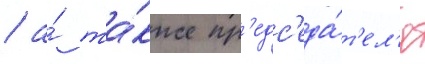
/ а́ та́кже пр'едс'еда́т'ел'я